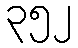
၃၅၂